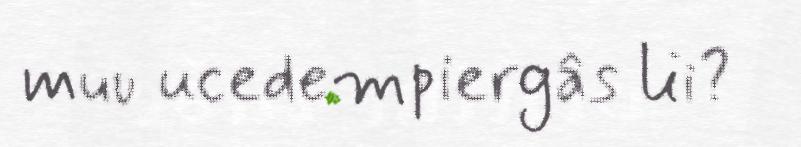
muu ucedempiergâs lii?